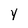
Character: y